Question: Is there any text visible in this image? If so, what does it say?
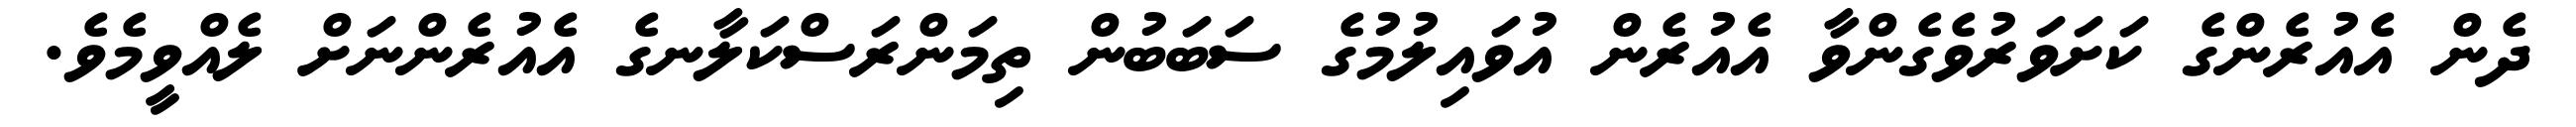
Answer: ދެން އެއުރެންގެ ކަށަވަރުވެގެންވާ އެއުރެން އުވައިލުމުގެ ސަބަބުން ތިމަންރަސްކަލާނގެ އެއުރެންނަށް ލެއްވީމެވެ.